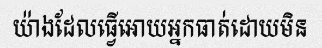
យ៉ាងដែលធ្វើអោយអ្នកធាត់ដោយមិន